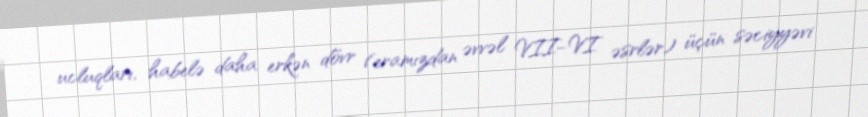
ucluqları, habelə daha erkən dövr (eramızdan əvvəl VII–VI əsrlər) üçün səciyyəvi